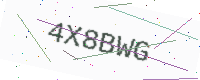
Text: 4X8BWG